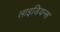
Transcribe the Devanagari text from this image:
लाइडियन्स